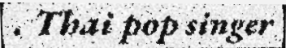
. Thai pop singer